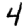
Digit: 4